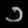
Digit: ၁